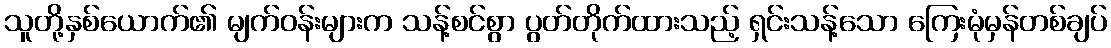
သူတို့နှစ်ယောက်၏ မျက်ဝန်းများက သန့်စင်စွာ ပွတ်တိုက်ထားသည့် ရှင်းသန့်သော ကြေးမုံမှန်တစ်ချပ်